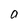
Character: n